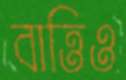
বাত্তিও